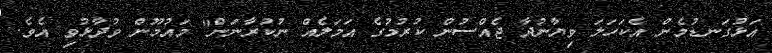
އަޅުގަނޑުމެން އެކަހަލަ ވިޔާނުދާ ޖެއްސުން ކުރުމުގެ އަމަލެއް ނުކުރާނަން" މައުމޫން ވުދާޅުވި އެވެ.